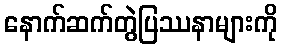
နောက်ဆက်တွဲပြဿနာများကို